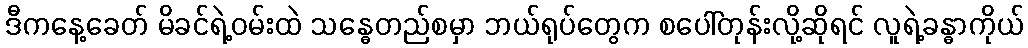
ဒီကနေ့ခေတ် မိခင်ရဲ့ဝမ်းထဲ သန္ဓေတည်စမှာ ဘယ်ရုပ်တွေက စပေါ်တုန်းလို့ဆိုရင် လူရဲ့ခန္ဓာကိုယ်